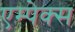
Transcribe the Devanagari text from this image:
एम्पेक्स